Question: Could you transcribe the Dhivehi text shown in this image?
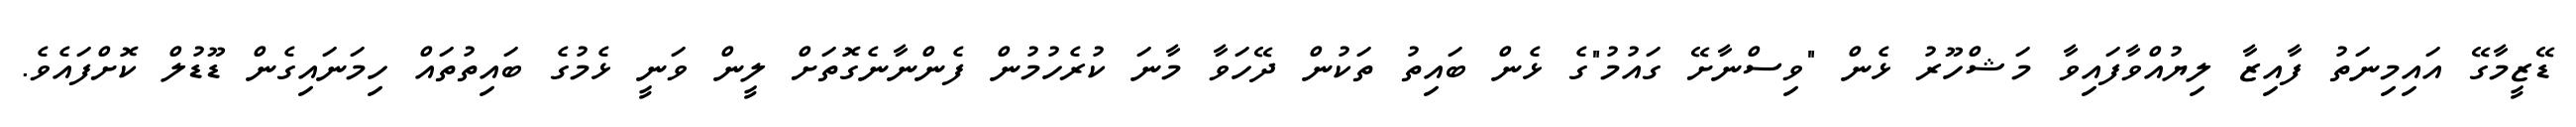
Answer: ޑޭޒީމާގޭ އައިމިނަތު ފާއިޒާ ލިޔުއްވާފައިވާ މަޝްހޫރު ޅެން "ވިސްނާށޭ ގައުމު"ގެ ޅެން ބައިތު ތަކުން ދޭހަވާ މާނަ ކުރެހުމުން ފެންނާނެގޮތަށް ލީން ވަނީ ޅެމުގެ ބައިތުތައް ހިމަނައިގެން ޑޫޑުލް ކޮށްފައެވެ.